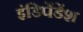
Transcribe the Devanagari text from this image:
इंडिपेंडेंश